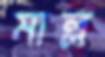
মাল্ল